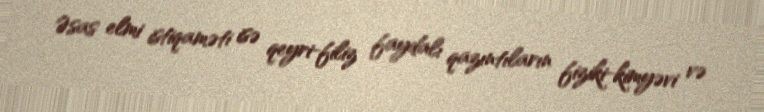
Əsas elmi istiqaməti isə qeyri-filiz faydalı qazıntıların fiziki-kimyəvi və